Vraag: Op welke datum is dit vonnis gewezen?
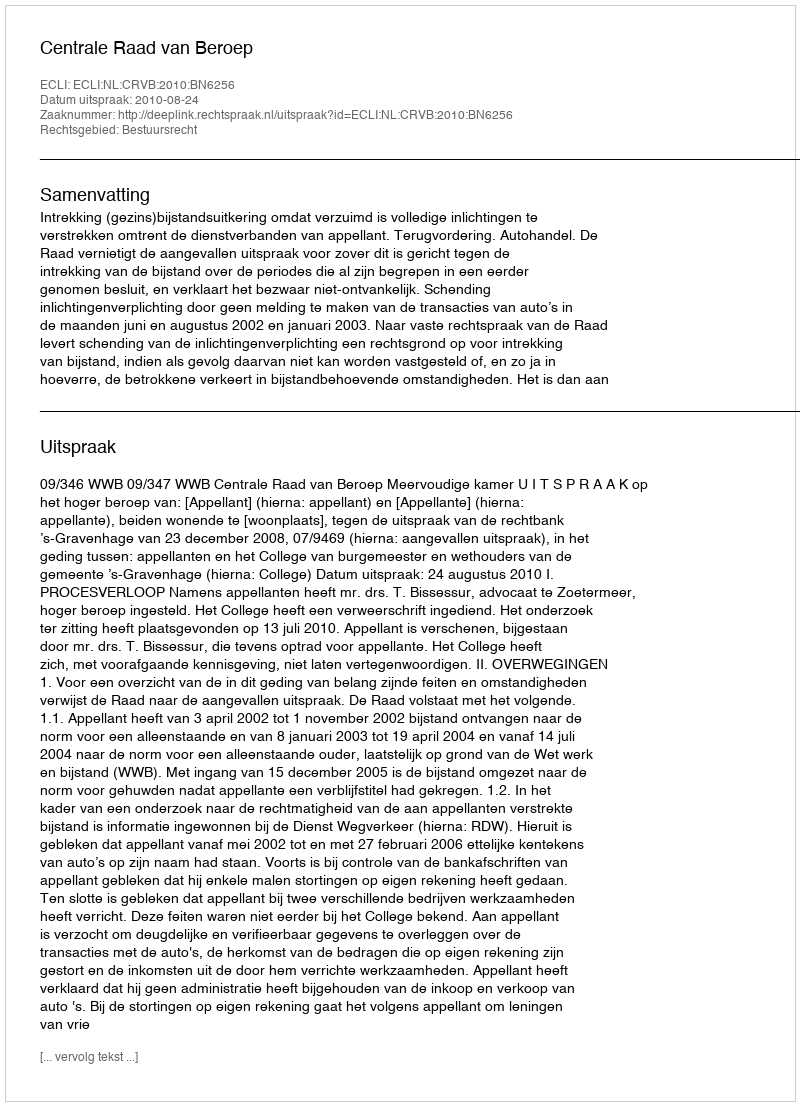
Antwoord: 2010-08-24